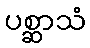
ပစ္ဆာသံ